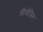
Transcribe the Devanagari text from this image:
लीमोजिन